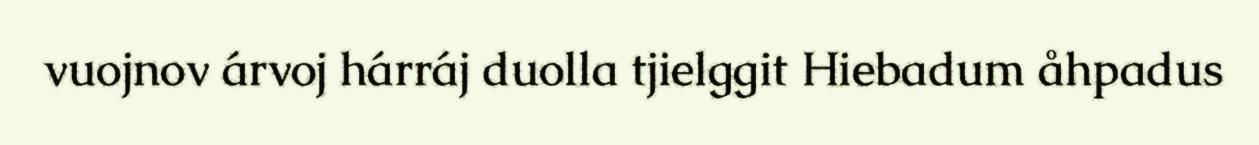
vuojnov árvoj hárráj duolla tjielggit Hiebadum åhpadus